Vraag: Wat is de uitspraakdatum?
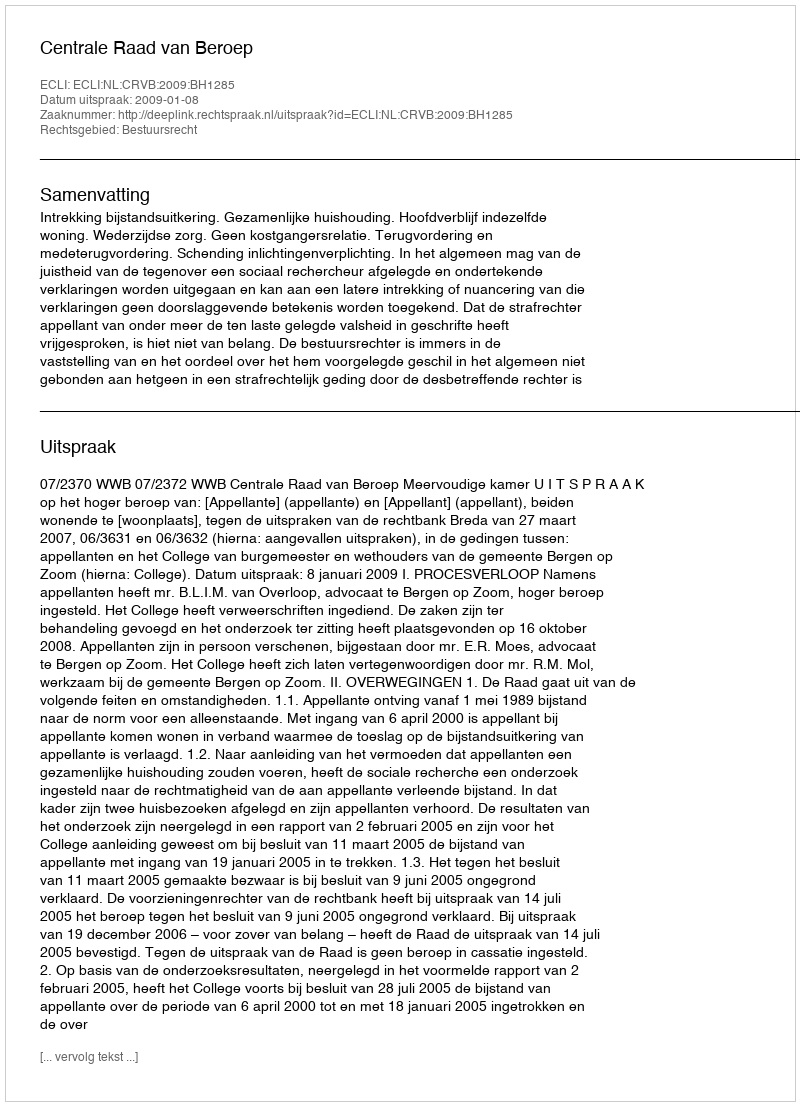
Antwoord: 2009-01-08